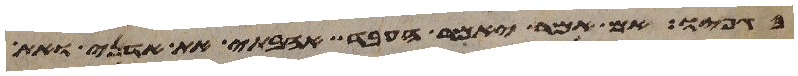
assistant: בגפיו אם אמר יאמר העבד אהבתי את אדני את